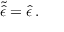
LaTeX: \tilde { \hat { \epsilon } } = \hat { \epsilon } \, .